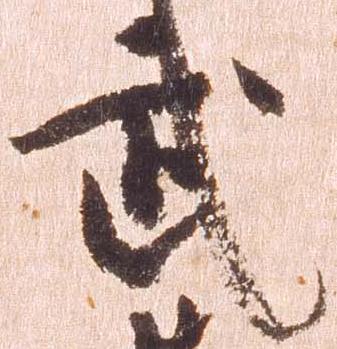
武